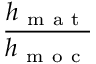
\frac { h _ { \mathrm { ~ m ~ a ~ t ~ } } } { h _ { \mathrm { ~ m ~ o ~ c ~ } } }